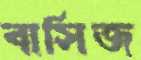
বাসিজ